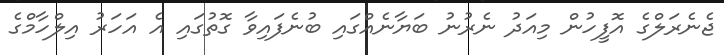
ޖެނެރަލްގެ އޮފީހުން މިއަދު ނެރުނު ބަޔާނެއްގައި ބުނެފައިވާ ގޮތުގައި އެ އަހަރު އިލްހާމްގެ